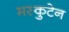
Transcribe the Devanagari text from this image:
मस्कुटेन